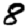
Digit: 8